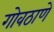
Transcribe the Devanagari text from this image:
गोवठाणे